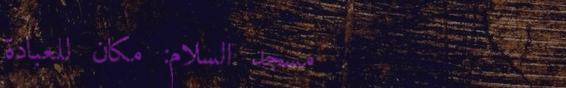
مسجد السلام: مكان للعبادة